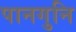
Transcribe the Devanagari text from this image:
पानगुनि